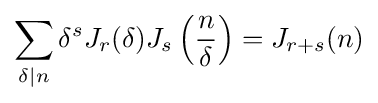
\sum _{\delta \mid n}\delta ^{s}J_{r}(\delta )J_{s}\left({\frac {n}{\delta }}\right)=J_{r+s}(n)